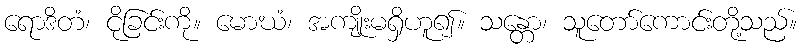
ရောဒိတံ၊ ငိုခြင်းကို။ မောဃံ၊ အကျိုးမရှိဟူ၍။ သန္တော၊ သူတော်ကောင်းတို့သည်။